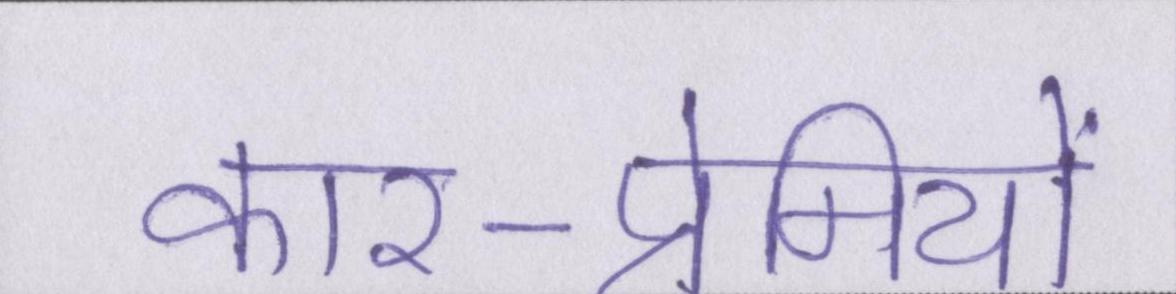
कार-प्रेमियों